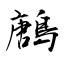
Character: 鶶